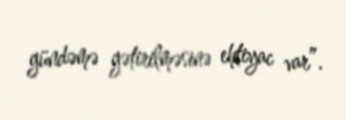
gündəmə gətirilməsinə ehtiyac var”.